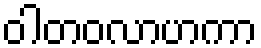
ဝါတဝလာဟကာ